Statistical return of the lunatic asylum in Assam - 1912-1932
Year: 1912
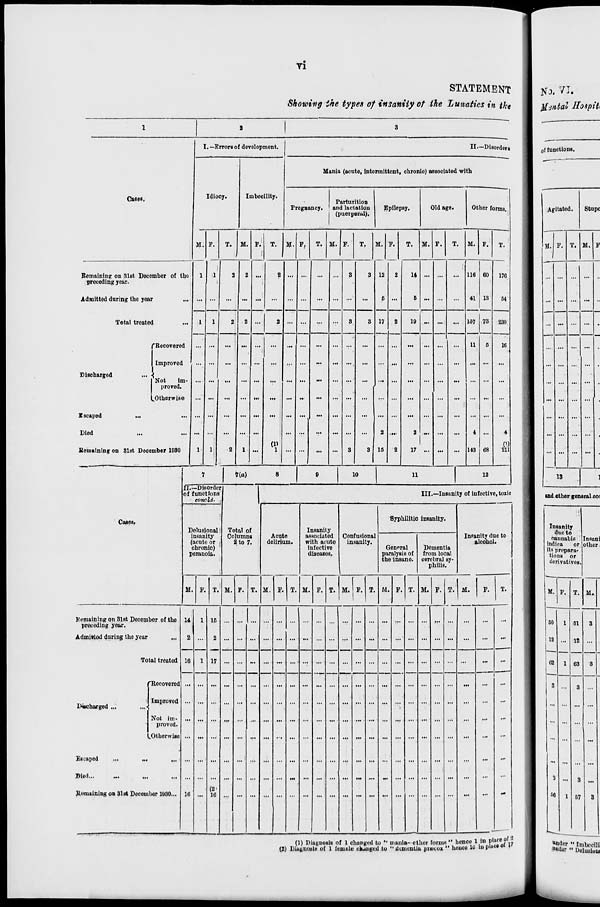
VI
STATEMENT
Showing ike types of insanity of the Lunatics in iki
1 . —Errors of development.
II —Disorders
Idiocy.
Imbecility.
Mania (acnte, intermittent, chronic) associated with
Cases,
Pregnancy.
Parturition
and lactation
1 (puerperal).
Epilepsy.
Old age.
Other forma.
M. P.
T. M. P.
T. M. »,
T. M. P.
T.
M.
12
6
17
P.
2
T. M. P.
T. M. F.
T.
Remaining on 31st December of tho
preceding year.
Admitted dnring the year
1
1
2
2 '."
2 ...
...
...
3
3
3
14
6
... ...
... 116
41
60
13
176
54
Total treated
1
1
2
2
1
...
2 ... —
...
3
2
10 ... ...
... 137 73
230
Discharged
I scaped
...
Died
Remaining on 31st Deo
"Recovered
Improved
Not
im-
proved.
.Otherwise
ember 1930 ! 1
1
2
...
(1»
1
...
.►
...
;
3
3
2
15
2
2
17 I"
...
...
11
4
143
5
68
16
4
V)
211
7
7(a)
8
0
10
11
12
II.—DisoTde
of functions
concZi.
r
Total of
Columns
2 to 7.
III.—Insanity of infective, toxic
Cases.
Delusional
insanity
(acnte or
chronic)
peranoia.
Acute
delirium.
Insanity
associated
with acute
infective
diseases.
Confusional
inbanity.
Syphilitic insanity.
Insanity due to
alcohol.
Gennral
paralysis of
the insane.
Dementia
from local
cerebral sy-
philis.
M. F. T. M. P. T. M. F. T. M. P. T. M. I P. T. M. F. T. M. F. T. M.
P.
T.
Remaining on 3lst December of the
preceding year.
Admitted during the year
..,
14
2
16
16
1
1
15
2
17
(2'
16
...
...
...
... ... ...
...
... ...
... ... ... ... ... ...
—
...
...
Total treated
...
-.
...
... ... ...
...
...
...
Discharged ...
1
Escaped
...
...
Did...
...
,.,
Remaicing on 31st Decem
'Recovered
Improved
Not im-
proved.
.Otherwise
bor 1930...
...
...
...
...
—
(1) Diagnosis of 1 changed to «' mania- other forniB " henco 1 in place»°f'
iugnoBlB of 1 female riuiiged to "dementia praitox " houce lli lupin"*" t
tfjtital Uospiti
of functions.
Agitated.
Stupe
If. P. T. M.
13
ud other general coi
Insanity
due to
cannabis
indica
or
its prepara-
tions or
derivatives.
Insani
other
M.
50 | 1
19
(12
T. M.
o:i
3
57
(2) DiufcnuslB
*nder " Imbecili
**4or «' Uelusiuw